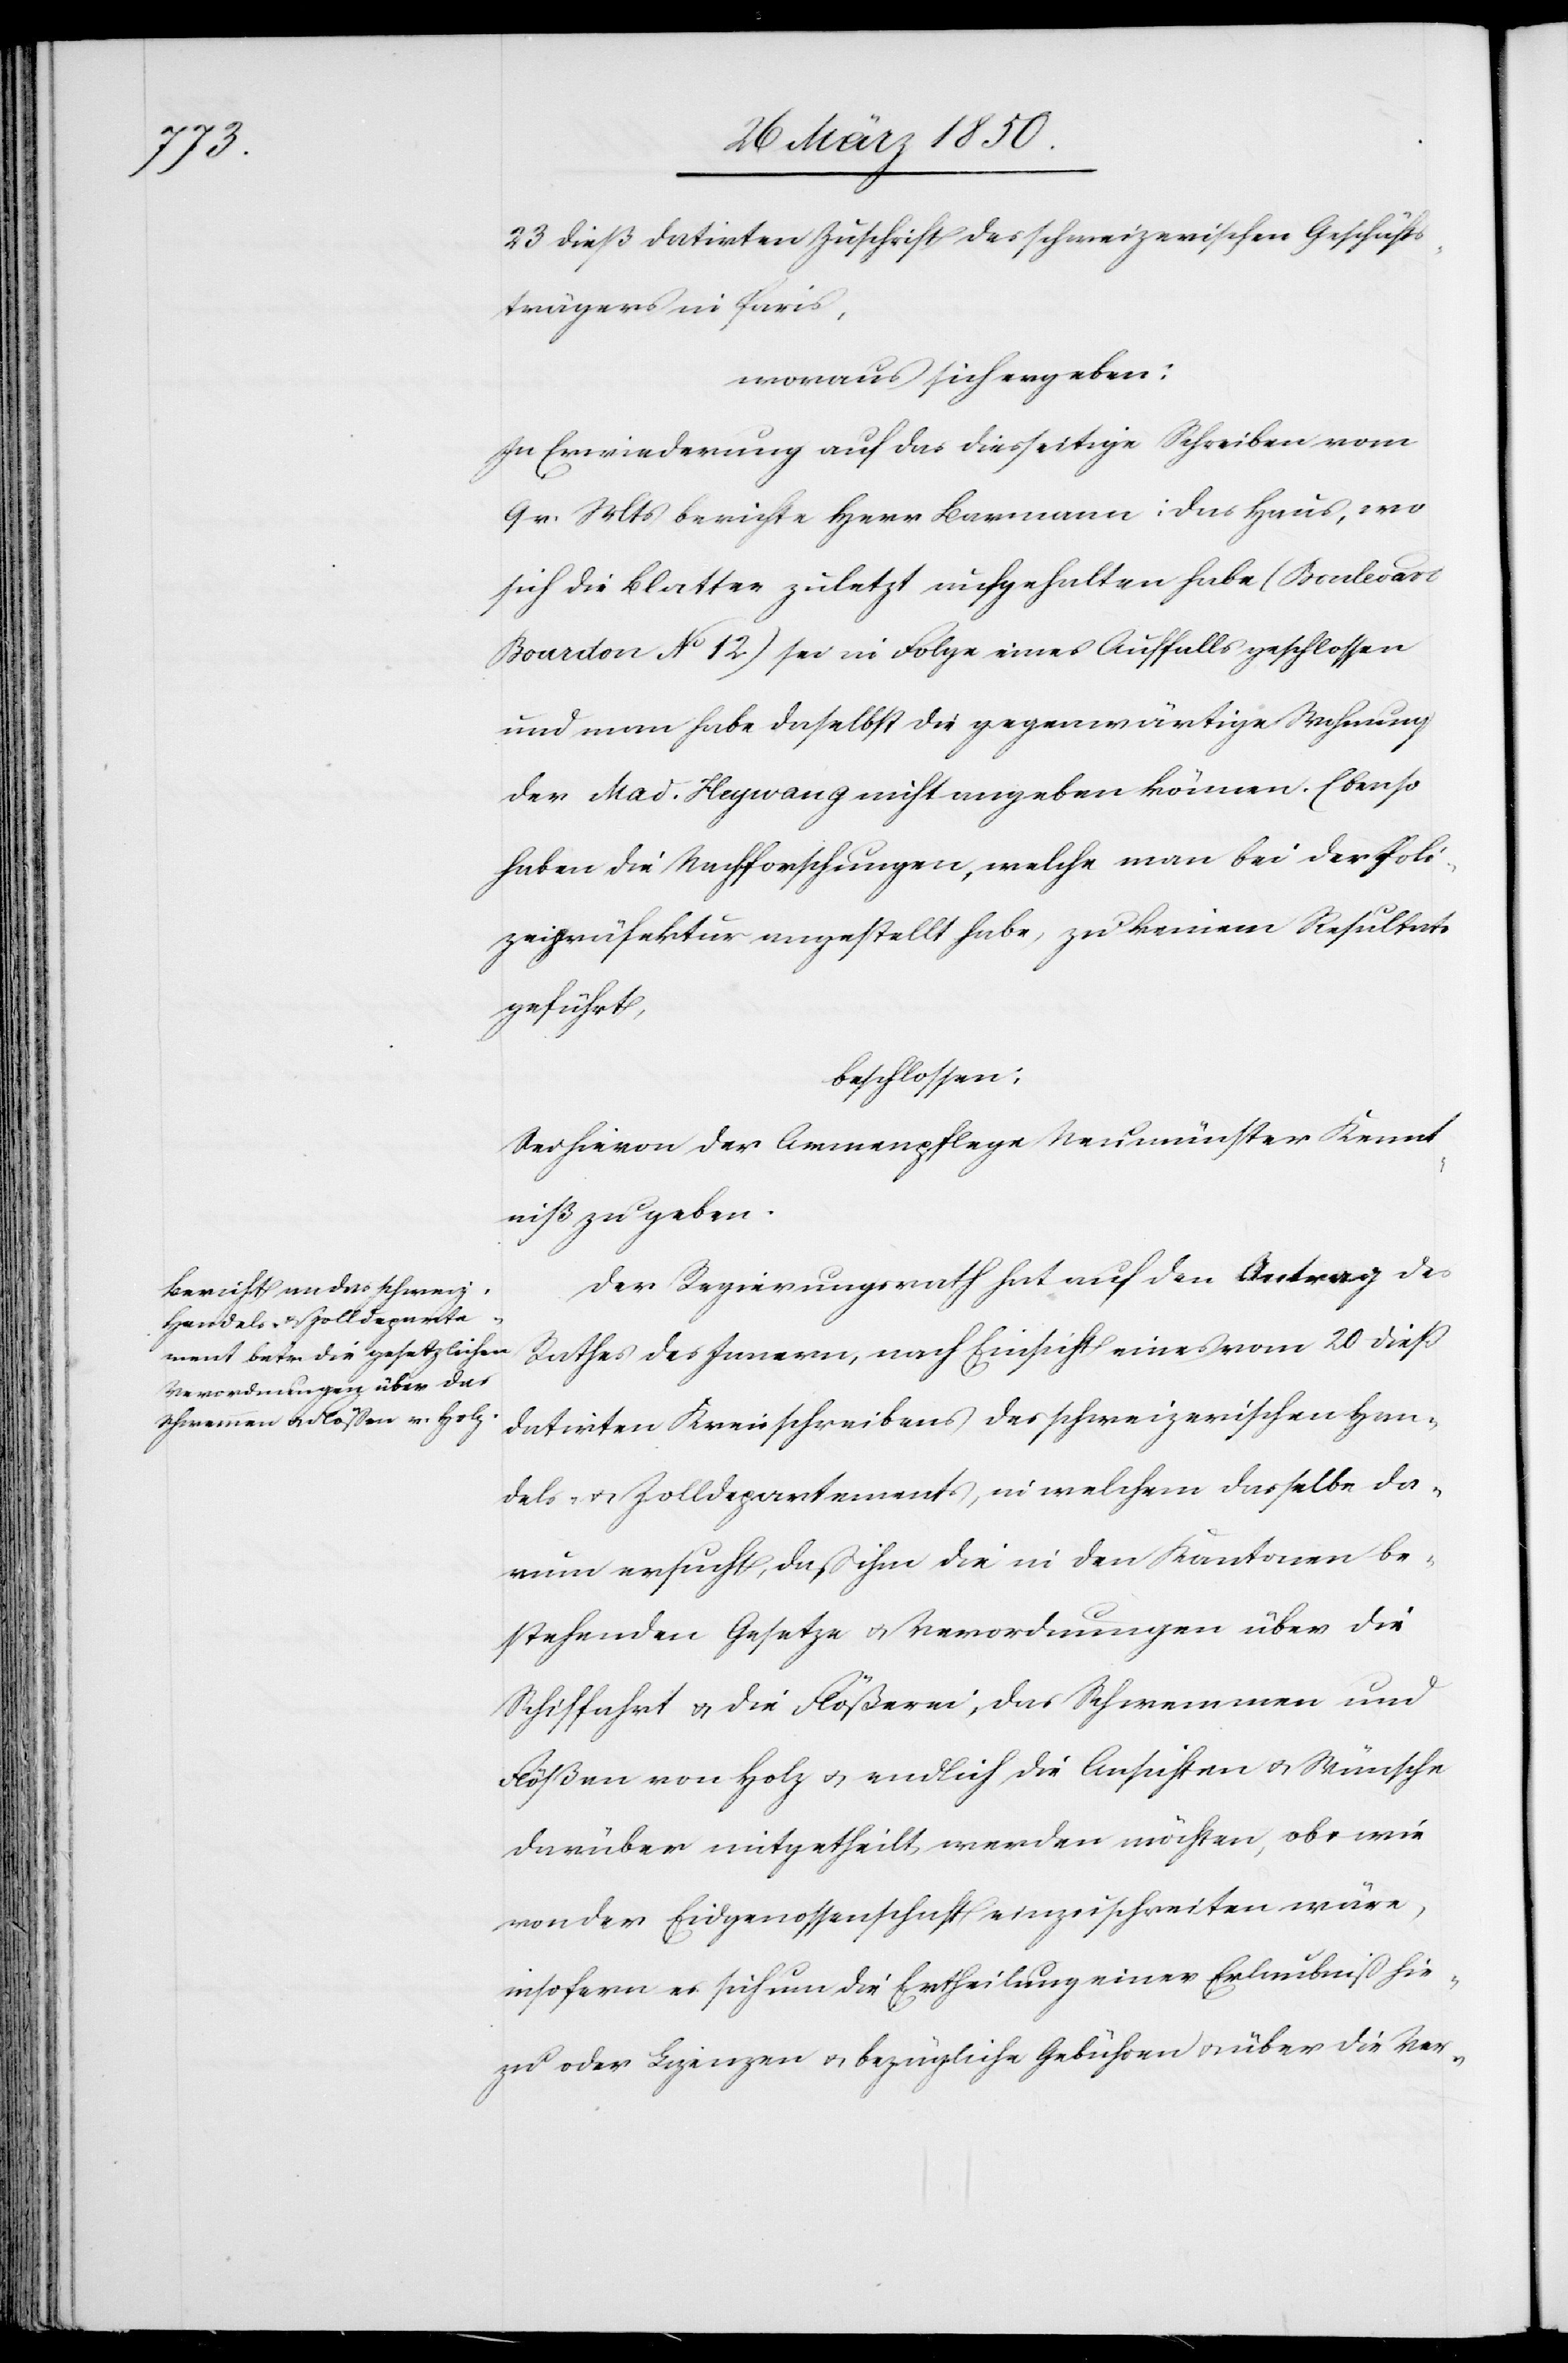
23 dieß datirten Zuschrift des schweizerischen Geschäfts¬
trägers in Paris,
woraus sich ergeben:
In Erwiederung auf das diesseitige Schreiben vom
9 v. Mts berichte Herr Barmann: Das Haus, wo
sich die Blatter zuletzt aufgehalten habe (Boulevard
Bourcton No 12) sei in Folge eines Auffalls geschlossen
und man habe daselbst die gegenwärtige Wohnung
der Mad. Heywang nicht angeben können. Ebenso
haben die Nachforschungen, welche man bei der Poli¬
zeipräfektur angestellt habe, zu keinem Resultate
geführt,
beschlossen:
Sei hievon der Armenpflege Neumünster Kennt¬
niß zu geben.
Der Regierungsrath hat auf den Antrag des
Rathes des Innern, nach Einsicht eines vom 20 dieß
datirten Kreisschreibens des schweizerischen Han¬
dels- u. Zolldepartements, in welchem dasselbe da¬
rum ersucht, daß ihm die in den Kantonen be¬
stehenden Gesetze u. Verordnungen über die
Schiffahrt u. die Flößerei, das Schwemmen und
Flößen von Holz u. endlich die Ansichten u. Wünsche
darüber mitgetheilt werden möchten, ob [?u.] wie
von der Eidgenossenschaft einzuschreiten wäre,
insofern es sich um die Ertheilung einer Erlaubniß hie¬
zu oder Lizenzen u. bezügliche Gebühren u. über die Ver-